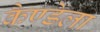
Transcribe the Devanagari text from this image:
कैण्डेला